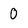
Character: 0